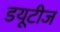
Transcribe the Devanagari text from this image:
डयूटीज